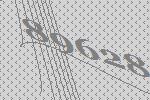
89628